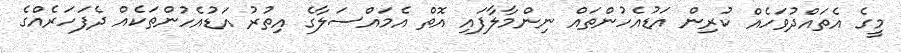
މީގެ އެތައްދުވަހެއް ކުރިން އަޑުއެހުންތައް ނިންމާލާފައި އޮތް އެމައްސަލާގެ އިތުރު އަޑުއެހުންތަކެއް ދެފަހަރެއްގެ